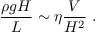
\frac { \rho g H } { L } \sim \eta \frac { V } { H ^ { 2 } } \; .